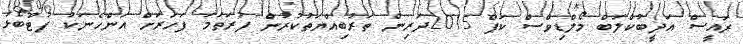
ރައީސް އަދީބުކްލަބް މޯލްޑިވްސް ކަޕް 2015ދަރިން ތަރުބިއްޔަތުކުރުން ފުރަތަމަ ފަހަރަށް އަންހެނަކު ފުޓްބޯޅަ